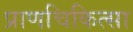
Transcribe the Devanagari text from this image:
प्राणचिकित्सा